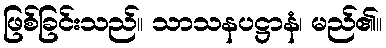
ဖြစ်ခြင်းသည်။ သာသနပဋ္ဌာနံ၊ မည်၏။